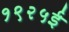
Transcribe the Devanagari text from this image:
१९२५ई